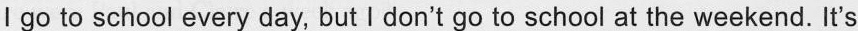
I go to school every day, but I don't go to school at the weekend. It's